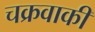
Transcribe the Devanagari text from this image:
चक्रवाकी